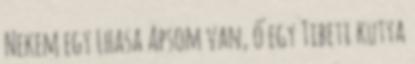
Nekem egy Lhasa Apsom van, ő egy Tibeti kutya